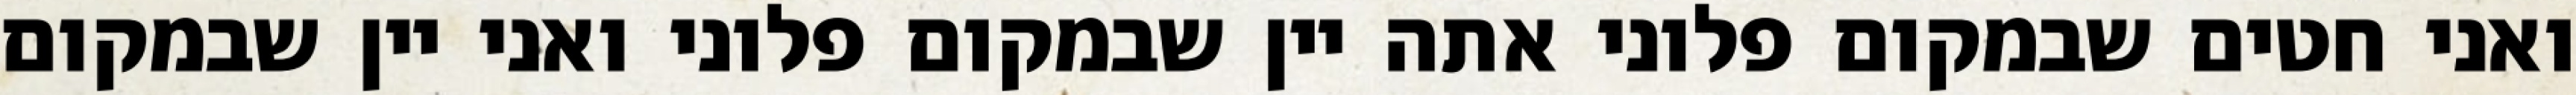
ואני חטים שבמקום פלוני אתה יין שבמקום פלוני ואני יין שבמקום